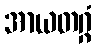
အာယတဂ္ဂံ